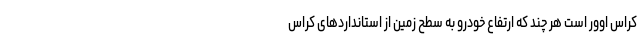
کراس اوور است هر چند که ارتفاع خودرو به سطح زمین از استانداردهای کراس